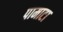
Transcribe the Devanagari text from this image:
पामाटा